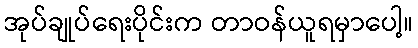
အုပ်ချုပ်ရေးပိုင်းက တာဝန်ယူရမှာပေါ့။